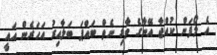
އެ ލޯފަން ކުއްޖާ އޭނާގެ ވާގި ނެތް ބައްޕަ ބަލާއިރު އަހަރެން އައީ